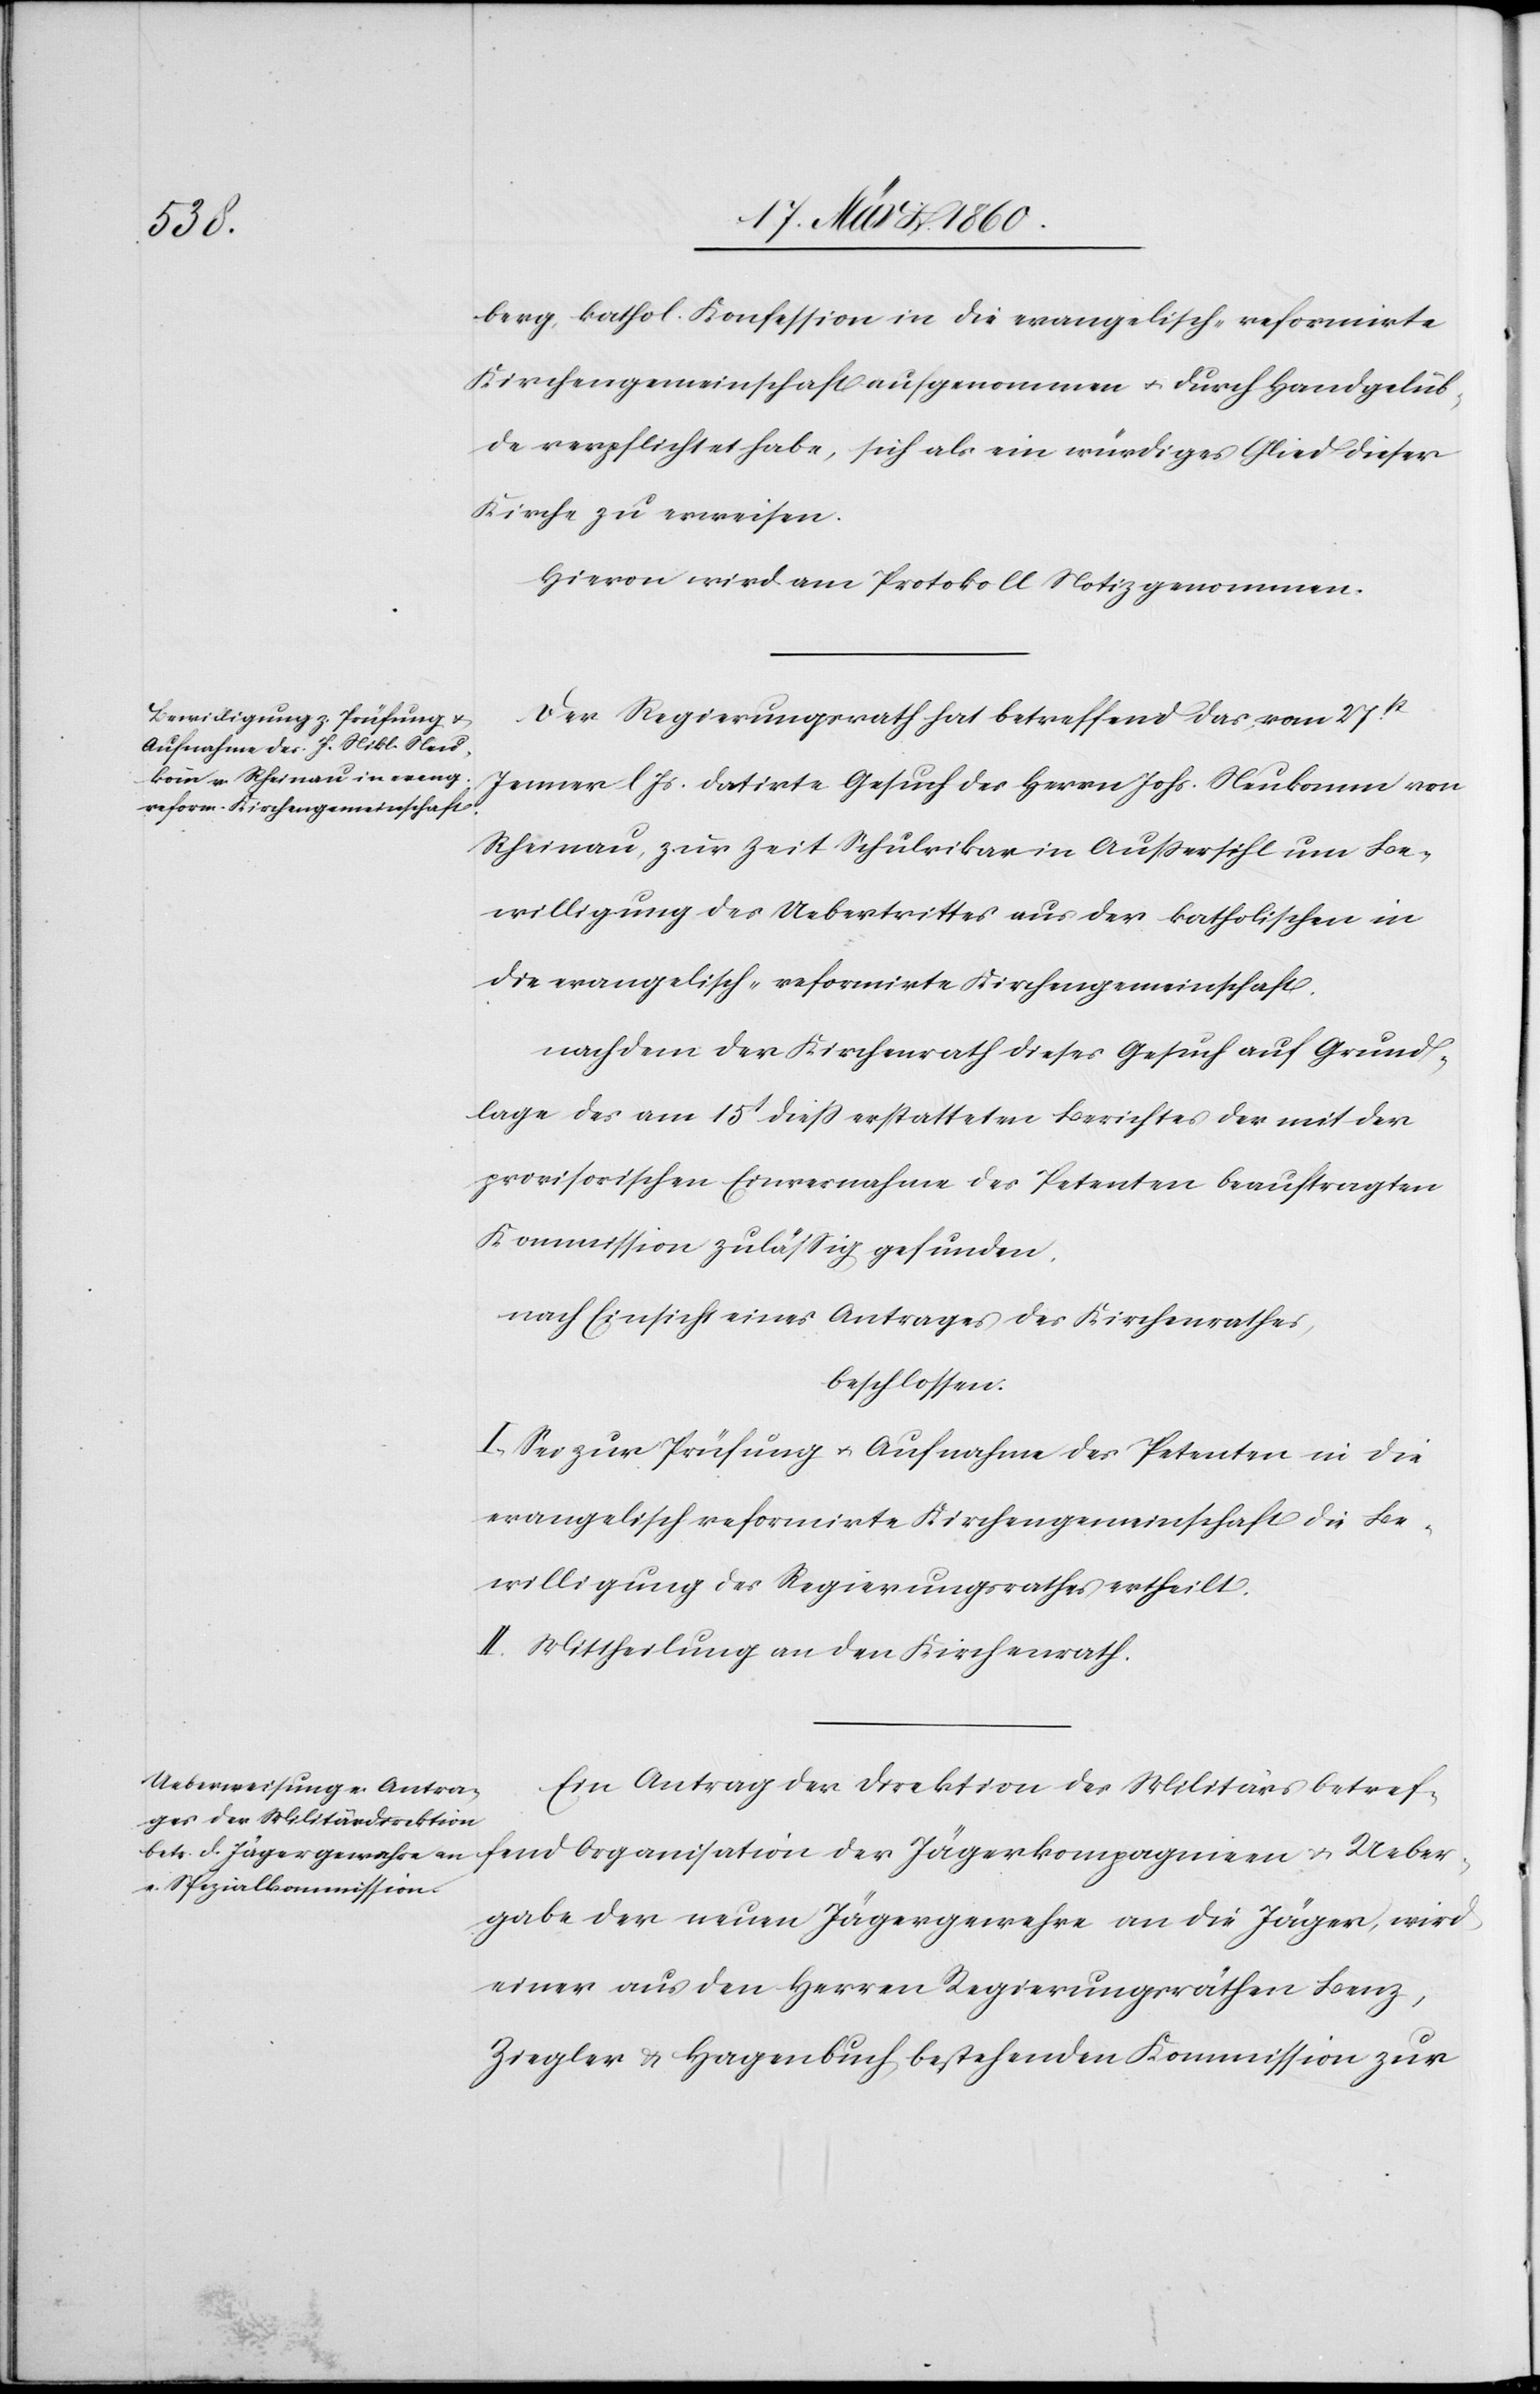
Ueber¬
berg, kathol. Konfession in die evangelisch-reformirte
Kirchengemeinschaft aufgenommen u. durch Handgelüb¬
de verpflichtet habe, sich als ein würdiges Glied dieser
Kirche zu erweisen.
Hievon wird am Protokoll Notiz genommen.
Der Regierungsrath hat betreffend das vom 27t
Jenner l. Js. datirte Gesuch des Herrn Johs. Neukomm von
Rheinau, zur Zeit Schulvikar in Aussersihl um Be¬
willigung des Uebertrittes aus der katholischen in
die evangelisch-reformirte Kirchengemeinschaft,
nachdem der Kirchenrath dieses Gesuch auf Grund¬
lage des am 15t diess erstatteten Berichtes der mit der
provisorischen Einvernahme des Petenten beauftragten
Kommission zulässig gefunden,
nach Einsicht eines Antrages des Kirchenrathes,
beschlossen:
I. Sei zur Prüfung u. Aufnahme des Petenten in die
evangelisch reformirte Kirchengemeinschaft die Be¬
willigung des Regierungsrathes ertheilt.
II. Mittheilung an den Kirchenrath.
Ein Antrag der Direktion des Militärs betreff¬
gabe der neuen Jägergewehre an die Jäger, wird
einer aus den Herren Regierungsräthen Benz,
Ziegler u. Hagenbuch bestehenden Kommission zur
u.